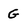
Character: G